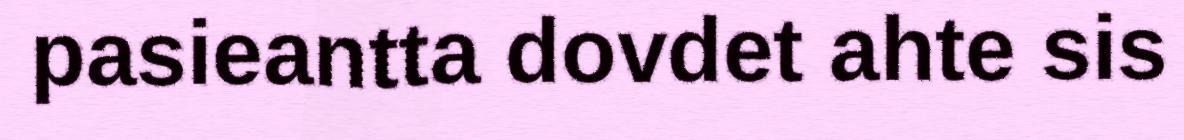
pasieantta dovdet ahte sis